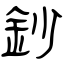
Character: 鈔